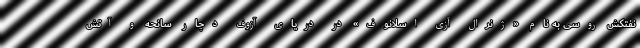
نفتکش روسی به نام «ژنرال آزی اسلانوف» در دریای آزوف دچار سانحه و آتش